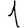
Digit: 1